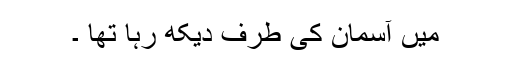
میں آسمان کی طرف دیکھ رہا تھا ۔